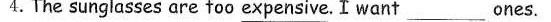
4.The sunglasses are too expensive. I want \underline{} ___ones.